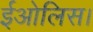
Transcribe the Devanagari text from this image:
ईओलिस।